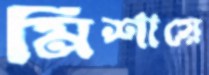
মিশায়ে